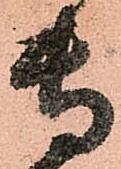
専